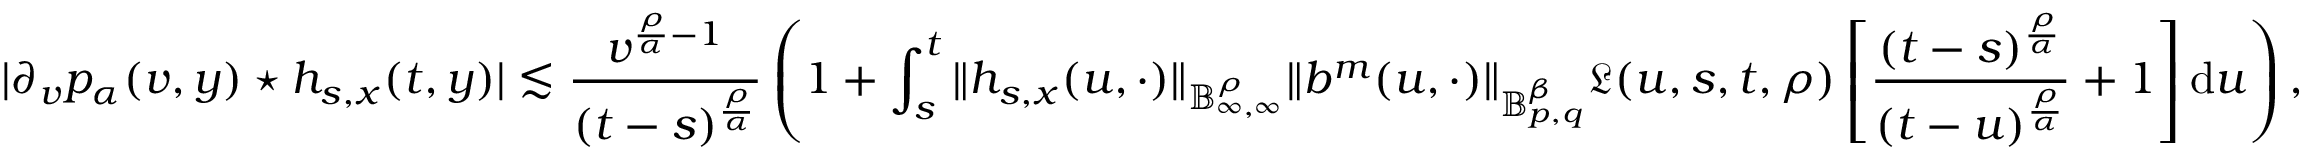
| \partial _ { v } p _ { \alpha } ( v , y ) \star h _ { s , x } ( t , y ) | \lesssim \frac { v ^ { \frac { \rho } { \alpha } - 1 } } { ( t - s ) ^ { \frac { \rho } { \alpha } } } \left( 1 + \int _ { s } ^ { t } \Vert h _ { s , x } ( u , \cdot ) \Vert _ { \mathbb { B } _ { \infty , \infty } ^ { \rho } } \Vert b ^ { m } ( u , \cdot ) \Vert _ { \mathbb { B } _ { p , q } ^ { \beta } } \mathfrak { L } ( u , s , t , \rho ) \left[ \frac { ( t - s ) ^ { \frac { \rho } { \alpha } } } { ( t - u ) ^ { \frac { \rho } { \alpha } } } + 1 \right] \mathrm { d } u \right) ,